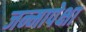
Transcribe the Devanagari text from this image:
जन्मापेक्षा